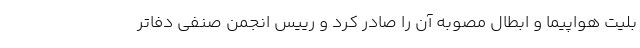
بلیت هواپیما و ابطال مصوبه آن را صادر کرد و رییس انجمن صنفی دفاتر